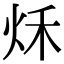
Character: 秌